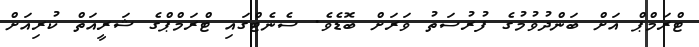
ޓްރަމްޕް އަށް ބަންދުވުމުގެ ފުރުސަތު ވަރަށް ބޮޑެވެ. ސެނެޓްގައި ޓްރަމްޕްގެ ޝަރީއަތް ކުރިއަށް